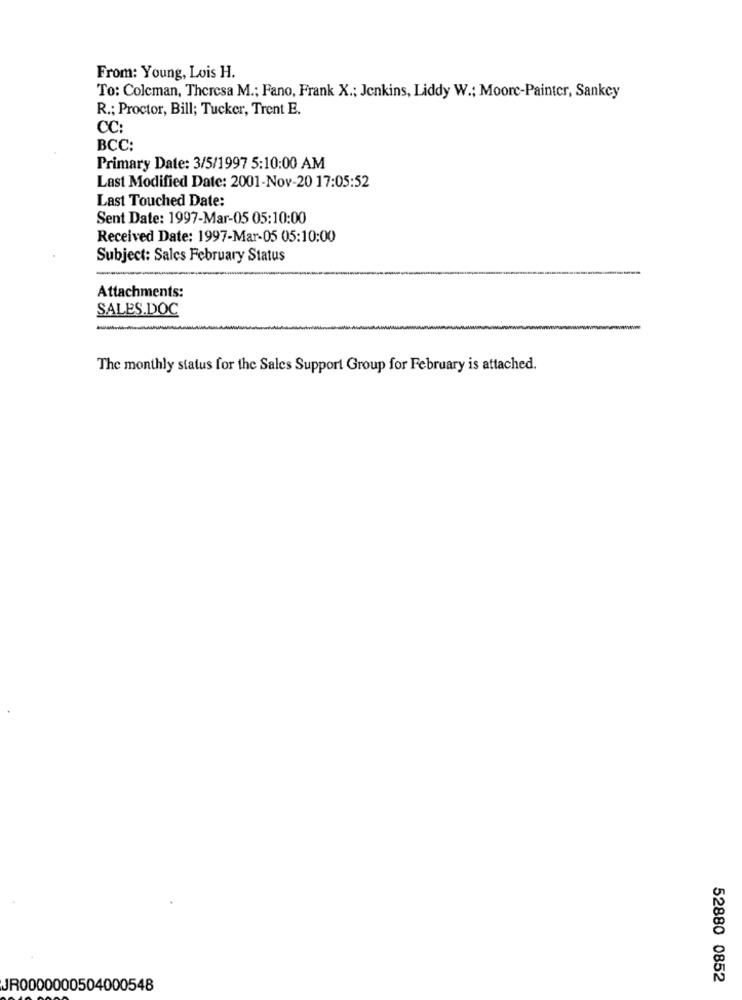
From: Young, Lois H.
To: Coleman, Theresa M .; Fano, Frank X .; Jenkins, Liddy W .; Moore-Painter, Sankcy
R .; Proctor, Bill; Tucker, Trent E.
CC:
BCC:
Primary Date: 3/5/1997 5:10:00 AM
Last Modified Date: 2001-Nov-20 17:05:52
Last Touched Date:
Sent Date: 1997-Mar-05 05:10:00
Received Date: 1997-Mar-05 05:10:00
Subject: Sales February Status
Attachments:
SALES.DOC
-
The monthly status for the Sales Support Group for February is attached.
52880 0852
JR0000000504000548